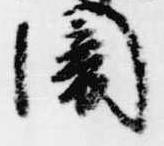
闇